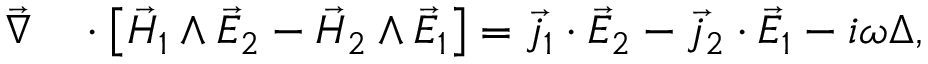
\begin{array} { r l } { \vec { \nabla } } & { { } \cdot \left\lbrack \vec { H } _ { 1 } \wedge \vec { E } _ { 2 } - \vec { H } _ { 2 } \wedge \vec { E } _ { 1 } \right\rbrack = \vec { j } _ { 1 } \cdot \vec { E } _ { 2 } - \vec { j } _ { 2 } \cdot \vec { E } _ { 1 } - i \omega \Delta , } \end{array}